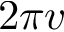
2 \pi v